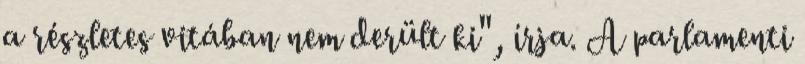
a részletes vitában nem derült ki", írja. A parlamenti